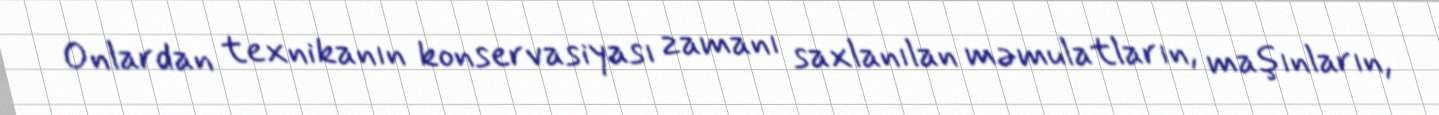
Onlardan texnikanın konservasiyası zamanı saxlanılan məmulatların, maşınların,